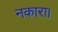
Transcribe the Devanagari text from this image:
नकारा।